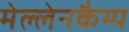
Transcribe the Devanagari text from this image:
मेल्लेनकैम्प